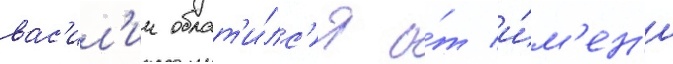
вас'ил'ии обрат'и́лс'я о́т и́м'ен'и